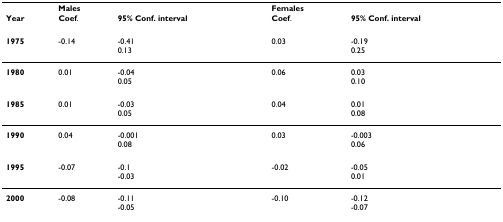
<table><thead><tr><td></td><td><b>Males</b></td><td></td><td><b>Females</b></td><td></td></tr><tr><td><b>Year</b></td><td><b>Coef.</b></td><td><b>95% Conf. interval</b></td><td><b>Coef.</b></td><td><b>95% Conf. interval</b></td></tr></thead><tbody><tr><td><b>1975</b></td><td>-0.14</td><td>-0.410.13</td><td>0.03</td><td>-0.190.25</td></tr><tr><td><b>1980</b></td><td>0.01</td><td>-0.040.05</td><td>0.06</td><td>0.030.10</td></tr><tr><td><b>1985</b></td><td>0.01</td><td>-0.030.05</td><td>0.04</td><td>0.010.08</td></tr><tr><td><b>1990</b></td><td>0.04</td><td>-0.0010.08</td><td>0.03</td><td>-0.0030.06</td></tr><tr><td><b>1995</b></td><td>-0.07</td><td>-0.1-0.03</td><td>-0.02</td><td>-0.050.01</td></tr><tr><td><b>2000</b></td><td>-0.08</td><td>-0.11-0.05</td><td>-0.10</td><td>-0.12-0.07</td></tr></tbody></table>